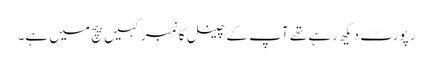
رپورٹ دیکھ رہے تھے آپ کے چینل کا نمبر کہیں بیچ میں ہے۔